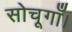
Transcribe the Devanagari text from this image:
सोचूगाँ।